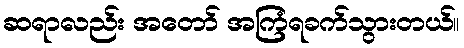
ဆရာလည်း အတော် အကြံရခက်သွားတယ်။